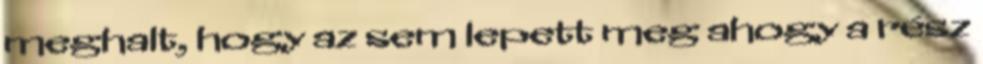
meghalt, hogy az sem lepett meg ahogy a rész